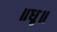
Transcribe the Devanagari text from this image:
॥धृ॥